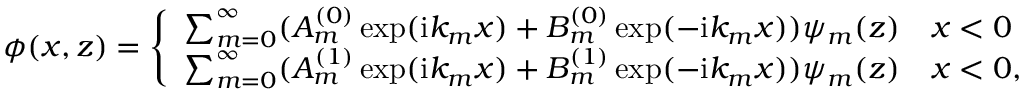
\phi ( x , z ) = \left\{ \begin{array} { l l } { \sum _ { m = 0 } ^ { \infty } ( A _ { m } ^ { ( 0 ) } \exp ( \mathrm { i } k _ { m } x ) + B _ { m } ^ { ( 0 ) } \exp ( - \mathrm { i } k _ { m } x ) ) \psi _ { m } ( z ) } & { x < 0 } \\ { \sum _ { m = 0 } ^ { \infty } ( A _ { m } ^ { ( 1 ) } \exp ( \mathrm { i } k _ { m } x ) + B _ { m } ^ { ( 1 ) } \exp ( - \mathrm { i } k _ { m } x ) ) \psi _ { m } ( z ) } & { x < 0 , } \end{array} \right.